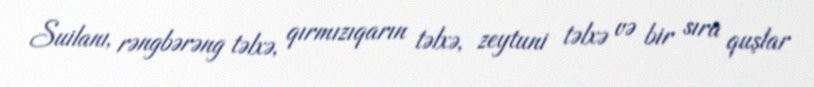
Suilanı, rəngbərəng təlxə, qırmızıqarın təlxə, zeytuni təlxə və bir sıra quşlar